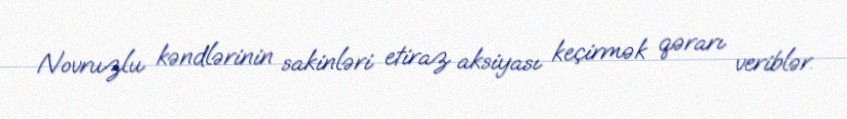
Novruzlu kəndlərinin sakinləri etiraz aksiyası keçirmək qərarı veriblər.